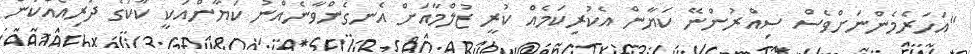
"އަހަރެމެންނަށްވެސް ސިއްރުންނޭ ކަޔާން އެކުރިކަމެއް ކުރީ ޒުލްމާއަށް އެނގެންވާނެއްނު ކަޔާންއަކީ ކާކުގެ ދަރިއެއްކަން